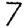
Digit: 7